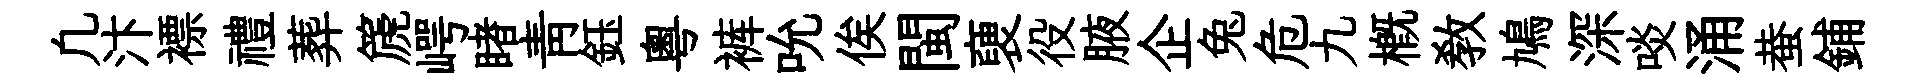
凢汴褾禮葬篪崿睹青鈺粤裤吮俟閩褏役腋企兔危九槪教鳩深啖涌蛬鋪